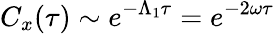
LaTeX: C_{x}(\tau)\sim e^{-\Lambda_{1}\tau}=e^{-2\omega\tau}